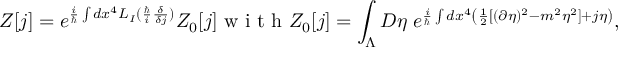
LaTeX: Z [ j ] = e ^ { \frac { i } { \hbar } \int d x ^ { 4 } { \cal { L } } _ { I } ( \frac { \hbar } { i } \frac { \delta } { \delta j } ) } Z _ { 0 } [ j ] \textrm { w i t h } Z _ { 0 } [ j ] = \int _ { \Lambda } { \cal { D } } \eta \; e ^ { \frac { i } { \hbar } \int d x ^ { 4 } \left( \frac { 1 } { 2 } [ ( \partial \eta ) ^ { 2 } - m ^ { 2 } \eta ^ { 2 } ] + j \eta \right) } ,